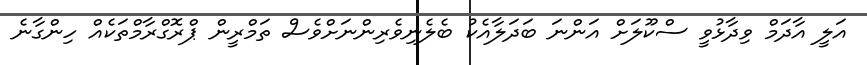
އަލީ އާދަމް ވިދާޅުވީ ސްކޫލަށް އަންނަ ބަދަލާއެކު ބެލެނިވެރިންނަށްވެސް ތަމްރީން ޕްރޮގްރާމްތަކެއް ހިންގާނެ